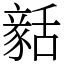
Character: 𧱳